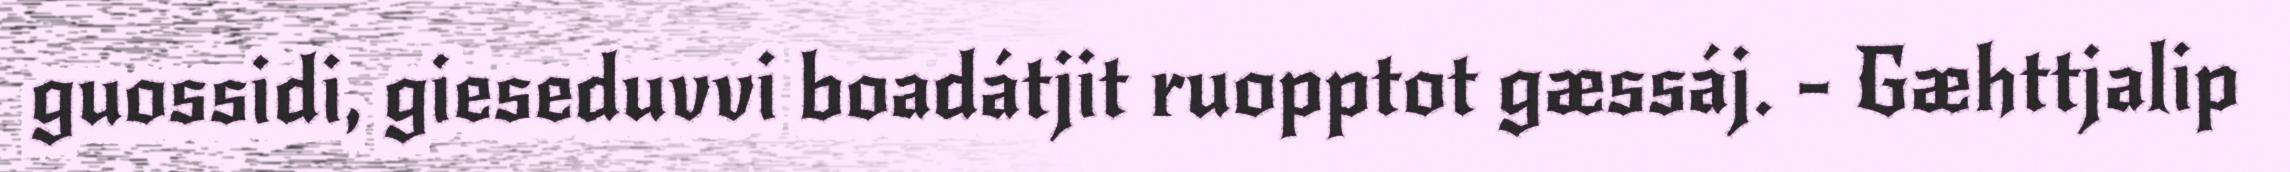
guossidi, gieseduvvi boadátjit ruopptot gæssáj. - Gæhttjalip